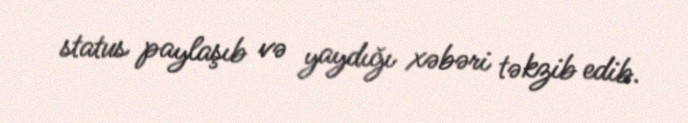
status paylaşıb və yaydığı xəbəri təkzib edib.